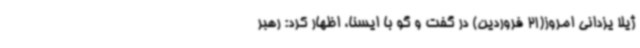
ژیلا یزدانی امروز(21 فروردین) در گفت و گو با ایسنا، اظهار کرد: رهبر